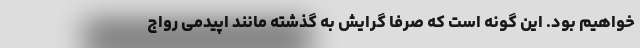
خواهیم بود. این گونه است که صرفا گرایش به گذشته مانند اپیدمی رواج